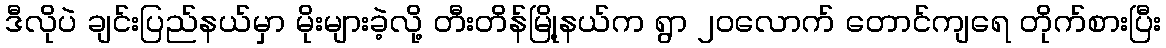
ဒီလိုပဲ ချင်းပြည်နယ်မှာ မိုးများခဲ့လို့ တီးတိန်မြို့နယ်က ရွာ ၂၀လောက် တောင်ကျရေ တိုက်စားပြီး